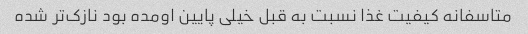
متاسفانه کیفیت غذا نسبت به قبل خیلی پایین اومده بود نازک‌تر شده